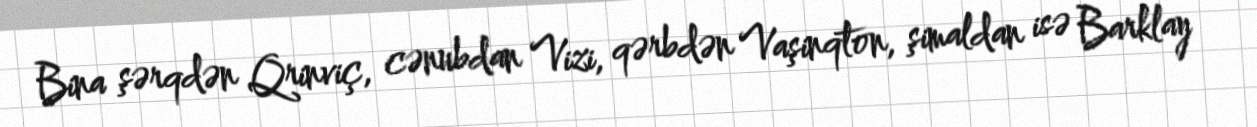
Bina şərqdən Qrinviç, cənubdan Vizi, qərbdən Vaşinqton, şimaldan isə Barklay